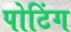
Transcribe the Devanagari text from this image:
पोटिंग